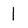
Character: 1